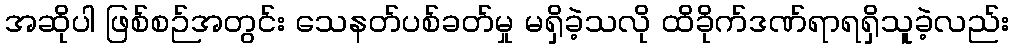
အဆိုပါ ဖြစ်စဉ်အတွင်း သေနတ်ပစ်ခတ်မှု မရှိခဲ့သလို ထိခိုက်ဒဏ်ရာရရှိသူခဲ့လည်း